system: You are a helpful assistant.
user:
Analyze the provided spectrum to determine if it is a **M-type Giant (gM)**.

A M-type Giant spectrum is defined by its **strong molecular absorption** features, particularly from **Titanium Oxide (TiO)**. You must check for one of the following mutually exclusive signatures:

- **Key Visual Indicators (Absorption-Dominated Spectrum):**

    - **(Primary):** The spectrum is dominated by strong molecular absorption from **Titanium Oxide (TiO)**. This is the **defining feature** of its M-type temperature class.
        - **(Key Bandheads):** Look for sharp, "saw-tooth" absorption valleys. The strongest are located near **~7050 Å**, **~6160 Å**, and **~5170 Å**.
        - **(Line Profile):** The "saw-tooth" morphology is critical: a **sharp, steep drop on the BLUE (short-wavelength) side** of the bandhead, followed by a gradual recovery (rising flux) towards the RED (long-wavelength) side.

    - **(Key Confirmation - Giant vs. Dwarf):** **ABSENCE** of strong **Calcium Hydride (CaH)** molecular bands. This is the primary diagnostic for *excluding* M-dwarfs.
        - **(Key Region):** The spectrum should lack the strong, broad absorption band seen in dwarfs between **~6800 Å and ~7000 Å**.

    - **(Secondary Confirmation - Giant):** A very strong and broad **Neutral Calcium (Ca I)** atomic absorption line.
        - **(Key Line):** Located at **~4226 Å**. In a giant (gM), this line is significantly deeper and broader than the same line in an M-dwarf (dM) due to low surface gravity.

    - **(Overall Spectrum):**
        - The continuum is **extremely red-sloping** (i.e., flux is very low in the blue and rises dramatically towards the red).
        - The entire spectrum appears "chopped up" by the deep TiO bands.

Think first, call **spectral_visualization_tool** if needed to examine features in detail, then provide your final answer. Your response must adhere to the following strict rules:
1.  **Overall Structure:** Your response must follow the format `<think>...</think> <tool_call>...</tool_call> (if a tool is used) <answer>...</answer>`.
2.  **Tool Usage Constraint:** You may only make **one** tool call per turn.
3.  **Final Answer Format:** In the `<answer>` tag, your conclusion must be inside a `\boxed{}` command (e.g., `\boxed{YES}` or `\boxed{NO}`), followed by your justification.

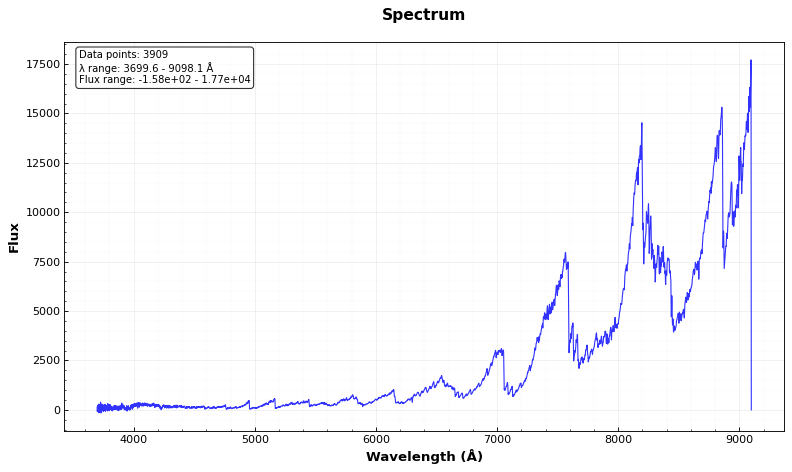
Answer: YES